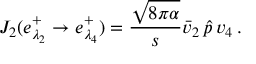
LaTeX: J _ { 2 } ( e _ { \lambda _ { 2 } } ^ { + } \to e _ { \lambda _ { 4 } } ^ { + } ) = { \frac { \sqrt { 8 \pi \alpha } } { s } } \bar { v } _ { 2 } \, \hat { p } \, v _ { 4 } \, .